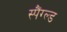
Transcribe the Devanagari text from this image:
स्पैंग्ल्ड